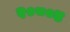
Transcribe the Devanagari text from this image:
२०८०४